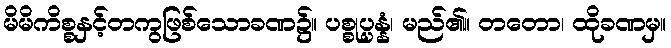
မိမိကိစ္စနှင့်တကွဖြစ်သောခဏ၌။ ပစ္စုပ္ပန္နံ၊ မည်၏။ တတော၊ ထိုခဏမှ။